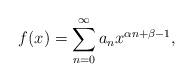
LaTeX: \begin{align*}f(x)=\sum_{n=0}^{\infty}a_{n}x^{\alpha n+\beta-1},\end{align*}